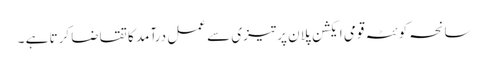
سانحہ کوئٹہ قومی ایکشن پلان پرتیزی سے عمل درآمد کا تقاضا کرتا ہے ۔